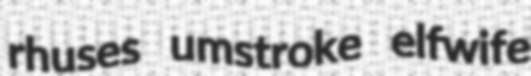
rhuses umstroke elfwife